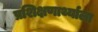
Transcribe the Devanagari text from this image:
प्रशिक्षणार्थ्याला